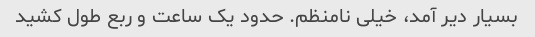
بسیار دیر آمد، خیلی نامنظم. حدود یک ساعت و ربع طول کشید